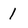
Character: 1